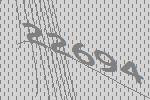
22694